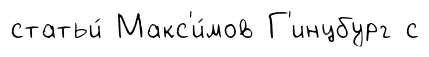
статьи́ Макс'и́мов Г'инцбург с